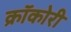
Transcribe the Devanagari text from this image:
क्रॉकोरी